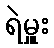
ရဲမှူး